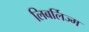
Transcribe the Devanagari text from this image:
लिबर्लिज्म